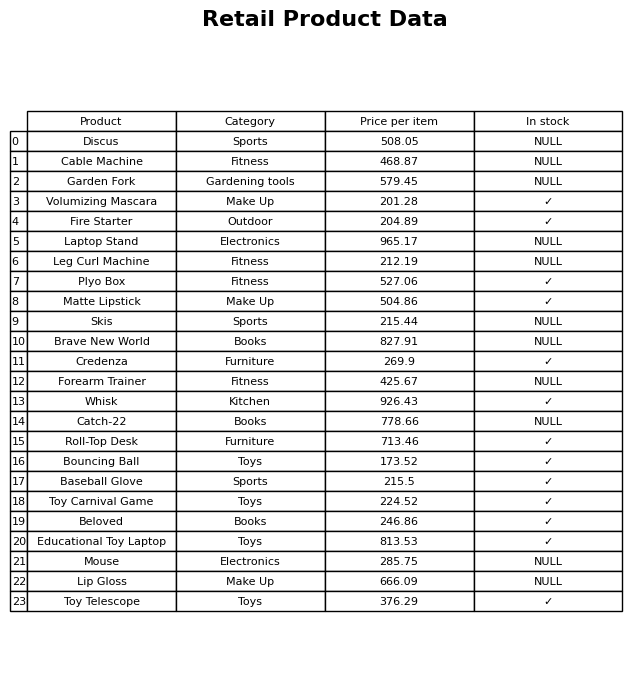
question: What is the price of the Baseball Glove?
answer: The price of Baseball Glove is 215.5.